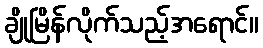
ချိုမြိန်လိုက်သည့်အရောင်။